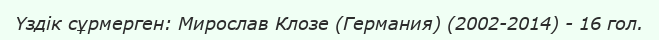
Үздік сұрмерген: Мирослав Клозе (Германия) (2002-2014) - 16 гол.